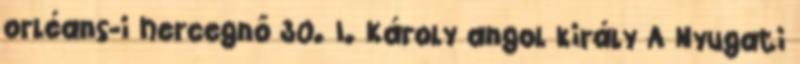
orléans-i hercegnő 30. I. Károly angol király A Nyugati